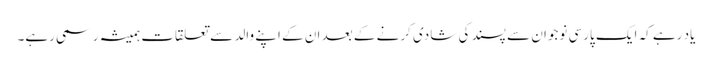
یاد رہے کہ ایک پارسی نوجوان سے پسند کی شادی کرنے کے بعد ان کے اپنے والد سے تعلقات ہمیشہ رسمی رہے۔